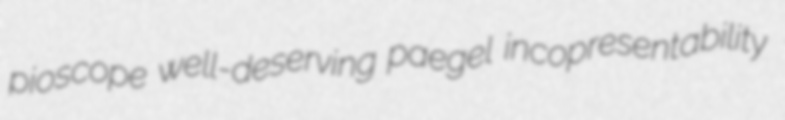
pioscope well-deserving paegel incopresentability